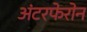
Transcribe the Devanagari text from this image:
अंटरफेरोन